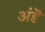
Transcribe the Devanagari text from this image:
अंडॆ